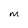
Character: M